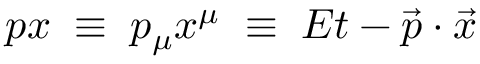
p x \; \equiv \; p _ { \mu } x ^ { \mu } \; \equiv \; E t - { \vec { p } } \cdot { \vec { x } }